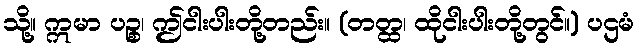
သို့။ ဣမာ ပဉ္စ၊ ဤငါးပါးတို့တည်း။ (တတ္ထ၊ ထိုငါးပါးတို့တွင်။) ပဌမံ